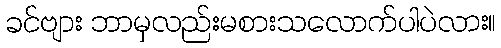
ခင်ဗျား ဘာမှလည်းမစားသလောက်ပါပဲလား။